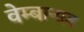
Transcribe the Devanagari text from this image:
वेम्बानाड